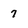
Character: 7